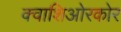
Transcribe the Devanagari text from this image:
क्वाशिओरकोर